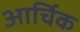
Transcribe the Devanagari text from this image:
आर्चिक